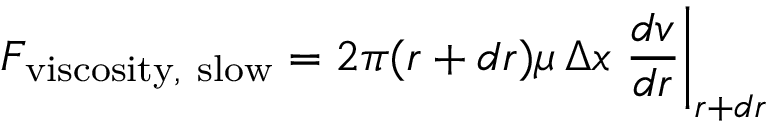
F _ { \mathrm { v i s c o s i t y , ~ s l o w } } = 2 \pi ( r + d r ) \mu \, \Delta x \left. { \frac { d v } { d r } } \right| _ { r + d r }